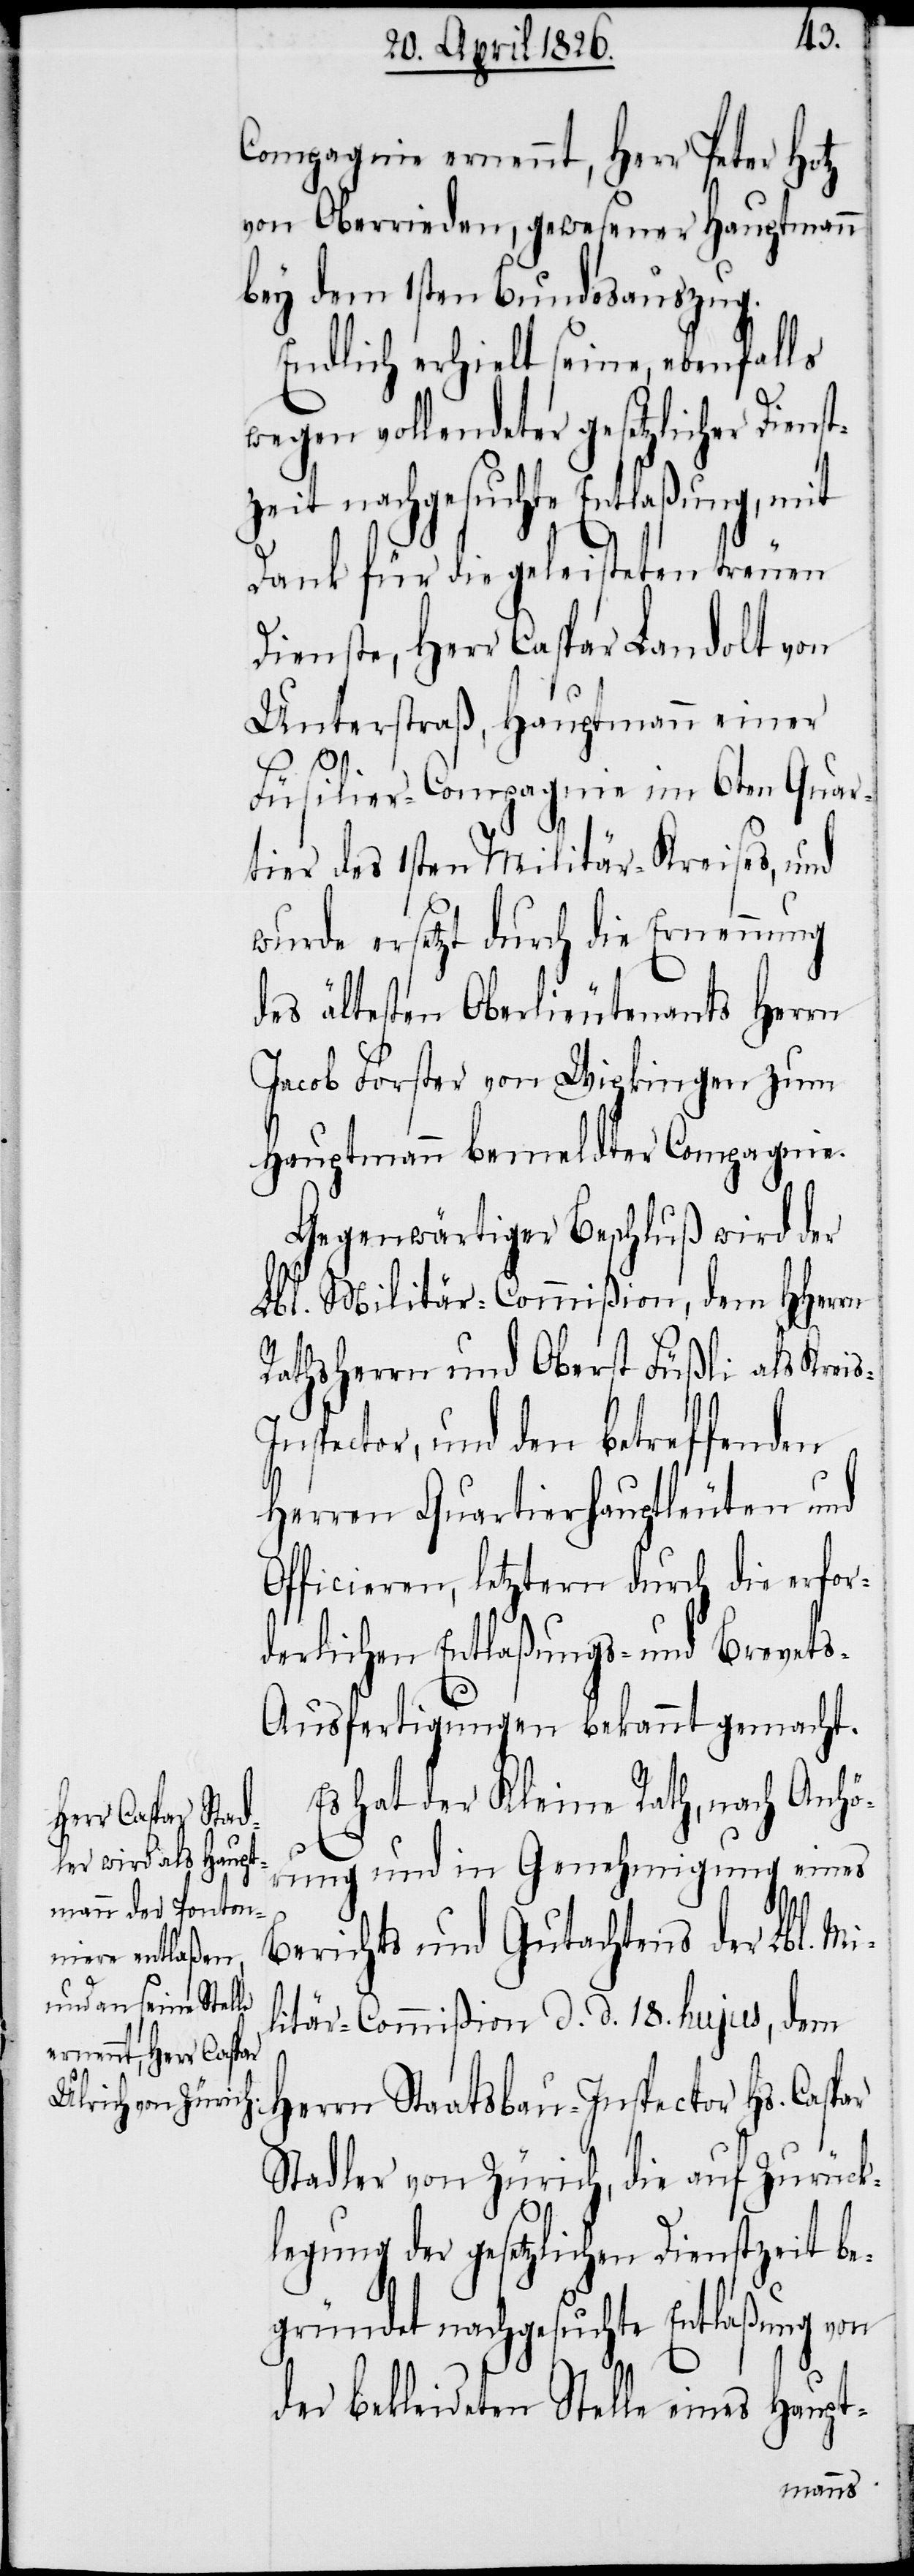
Compagnie ernennt, Herr Peter Hotz
von Oberrieden, gewesener Hauptmann
bey dem 1sten Bundesauszug.
Endlich erhielt seine, ebenfalls
wegen vollendeter gesetzlicher Dien¬
zeit nachgesuchte Entlaßung, mit
Dank für die geleisteten treuen
Dienste, Herr Caspar Landolt von
Unterstraß, Hauptmann einer
s-I¬
Füsilier-Compagnie im 6ten Quar¬
tier des 1sten Militär-Kreises, und
wurde ersetzt durch die Ernennung
des ältesten Oberlieutenants Herrn
Jacob Forster von Wipkingen zum
Hauptmann bemeldter Compagnie.
Gegenwärtiger Beschluß wird der
Lbl. Militär-Commißion, dem HHerrn
Rathsherrn und Oberst Füßli als Krei¬
nspector, und den betreffenden
Hs.
Herren Quartierhauptleuten und
Officieren, letztern durch die erfor¬
derlichen Entlaßungs- und Brevet¬
s-Ausfertigungen bekannt gemacht.
Es hat der Kleine Rath, nach Anhö¬
rung und in Genehmigung eines
Berichts und Gutachtens der Lbl. Mi¬
litär-Commißion d. d. 18. hujus, dem
Stadler von Zürich, die auf Zurück¬
legung der gesetzlichen Dienstzeit be¬
gründet nachgesuchte Entlaßung von
der bekleideten Stelle eines Haupt-